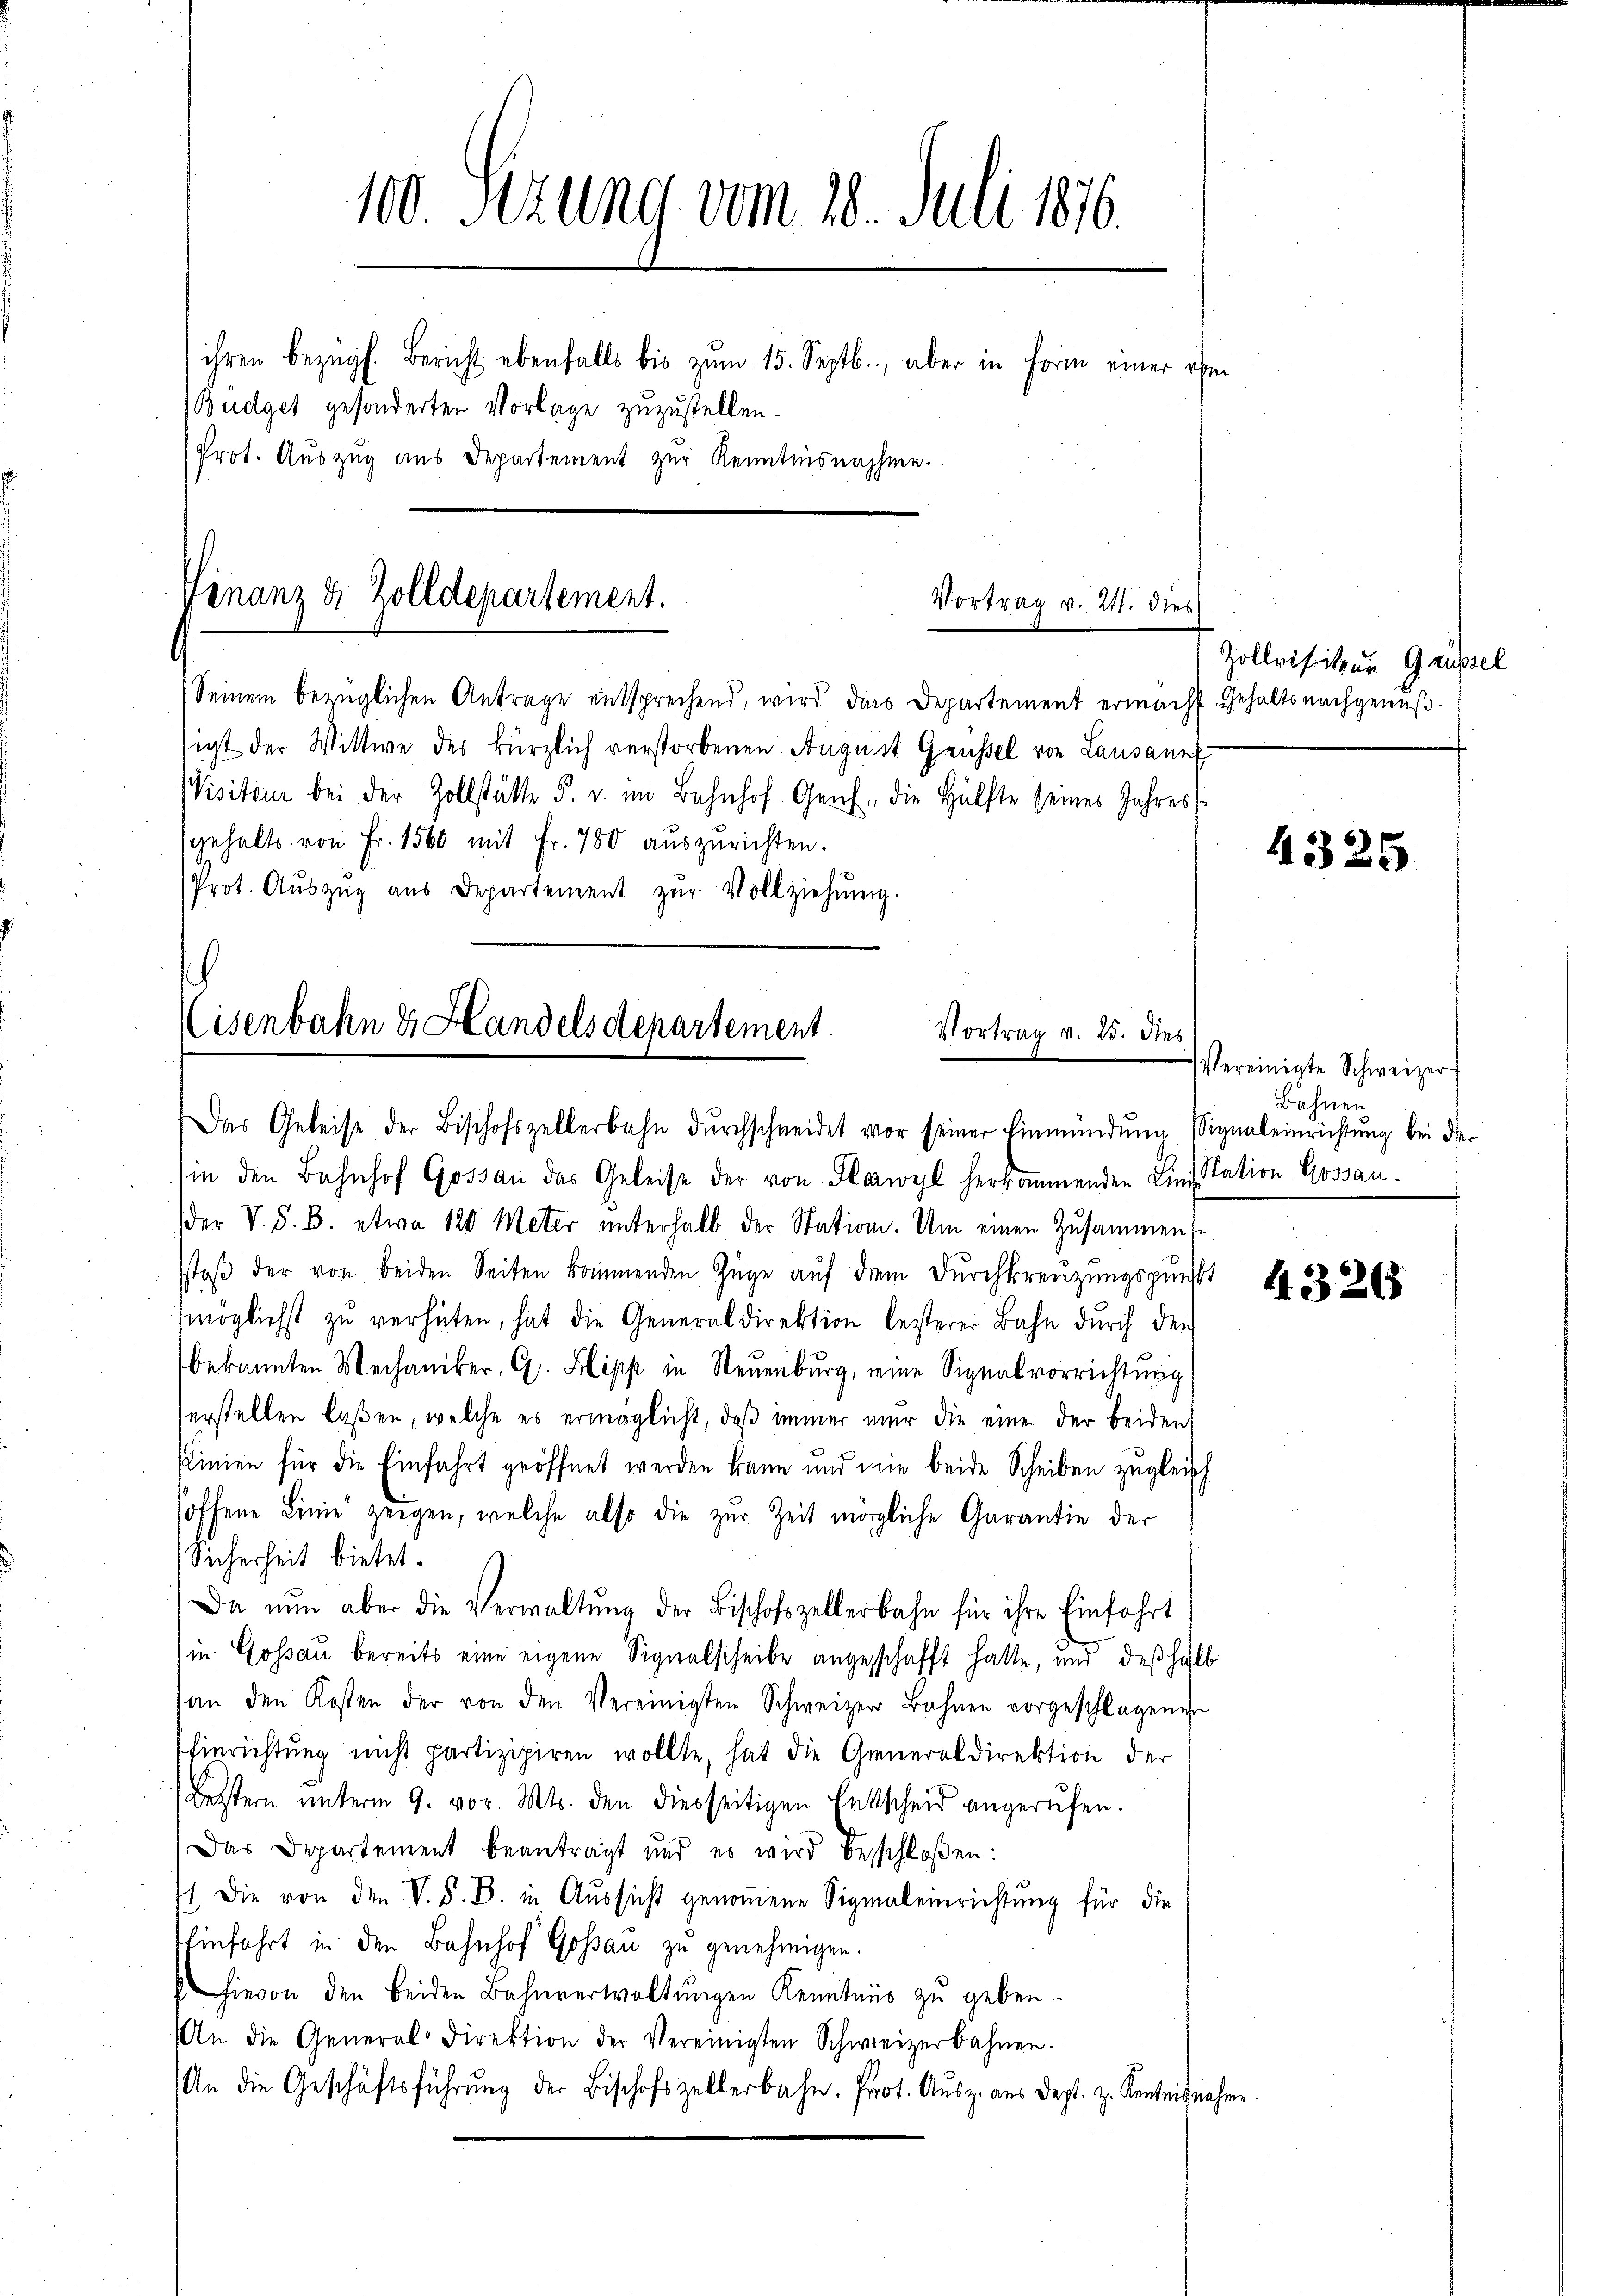
100. Sezung vom 28. Juli 1876.
ihren bezügl. Bericht ebenfalls bis zŭm 15. Septb., aber in Form einer ihm
Budget gesonderten Vorlage zuzustellen.
Prot. Auszug aus Departement zur Kenntnisnahme.

Finanz & Zolldepartement.
Vortrag v. 24. dies

sgehalts von Fr. 1560 mit Fr. 780 aŭszŭrichten.
(Prot. Aŭszŭg aŭs Departement zŭr Vollziehŭng.

sch
isenbahn & Handelsdepartement.
Vortrag v. 25. dies
Das Geleise der Bischofszellerbahn dŭrchschneidet vor seiner Einmündŭng Signaleinrichtŭng bei die-

sin den Bahnhof Gossau das Geleise der von Flawyl herkommenden Linitation Kossauder V. S. B. etwa 120 Meter unterhalb der Station. Um einen Zusammens
stoβ der von beiden Seiten kommenden Züge auf dem Durchkreuzungspunkt
möglichst zu verhüten, hat die Generaldirektion leisterer Bahn durch den
bekannten Mechaniker. C. Hipp in Neuenburg, eine Signalvorrichtung
erstellen laßen, welche es ermöglicht, daß immer nur die eine der beiden
slinien für die Einfahrt geöffnet werden kann und wie beide Scheiben zugleich
hoffene Linie zeigen, welche also die zur Zeit mögliche Garantie der
Sicherheit bietet.
Da nun aber die Verwaltŭng der Bischofszellerbahn für ihre Einfahrt
in Gossau bereits eine eigene Signalscheibe angeschafft hatte, und deßhalb
an den Kosten der von den Vereinigten Schweizer Bahnen vorgeschlagene
hinrichtung nicht partizipiren wollte, hat die Generaldirektion der
Letztern unterm 9. vor. Mts. den diesseitigen Entscheid angerufen.
Das Departement beanträgt und es wird beschloßen:
st. Die von den V. S. B. in Aŭssicht genoṁene Signaleinrichtung für die
Einfahrt in den Bahnhof Gossau zu genehmigen.
hievon den beiden Bahnverwaltŭngen Kenntnis zu geben-
An die General-Direktion der Vereinigten Schweizerbahnen.
An die Geschäftsführŭng der Bischofszellerbahn. Prot. Ausz. aus dest. z. Kentnisnahme

Seinem bezüglichen Antrage entsprechend, wird dies Departement ermacht Gehalts nachgenußsigt der Wittwe des kürzlich verstorbenen August Grüssel von Lausann
Wisiteur bei der Zollstätte F. u. im Bahnhof Genf, die Hälfte seines Jahres

Zollvisitzur Grüssel

Vereinigte Schweizer-
Bahnen

4325

4326